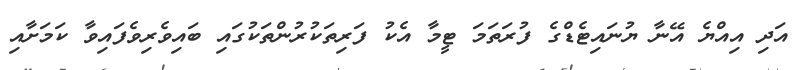
އަދި އިއްޔެ އޭނާ ޔުުނައިޓެޑްގެ ފުރަތަމަ ޓީމާ އެކު ފަރިތަކުރުންތަކުގައި ބައިވެރިވެފައިވާ ކަމަށާއި